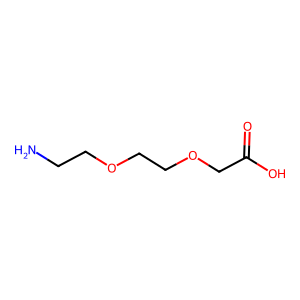
SMILES: NCCOCCOCC(=O)O
Inhibits HIV replication: No